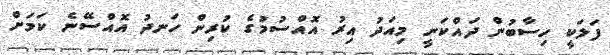
ފަލަކީ ހިސާބުން ދައްކަނީ މިއަދު އިރު އޮއްސުމުގެ ކުރިން ހަނދު އޮއްސޭނެ ކަމަށް